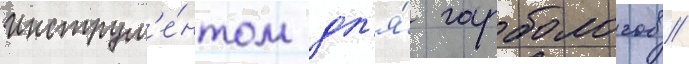
инструм'е́нтом дл'я́ гарбологов /